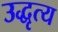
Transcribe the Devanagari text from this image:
उद्धृत्य